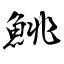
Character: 鮡